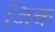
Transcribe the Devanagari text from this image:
जि़क